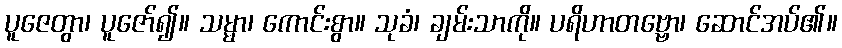
ပူဇေတွာ၊ ပူဇော်၍။ သမ္မာ၊ ကောင်းစွာ။ သုခံ၊ ချမ်းသာကို။ ပရိဟာတဗ္ဗော၊ ဆောင်အပ်၏။